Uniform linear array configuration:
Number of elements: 4
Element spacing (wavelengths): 0.5
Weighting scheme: kaiser
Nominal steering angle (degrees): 0
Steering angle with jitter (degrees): -1.289
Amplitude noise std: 0.05
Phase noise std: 0.05

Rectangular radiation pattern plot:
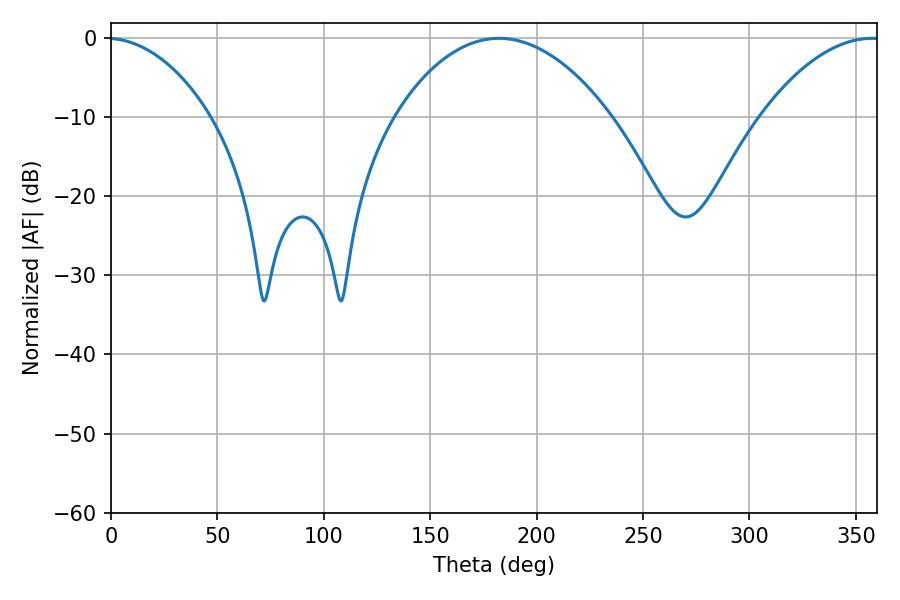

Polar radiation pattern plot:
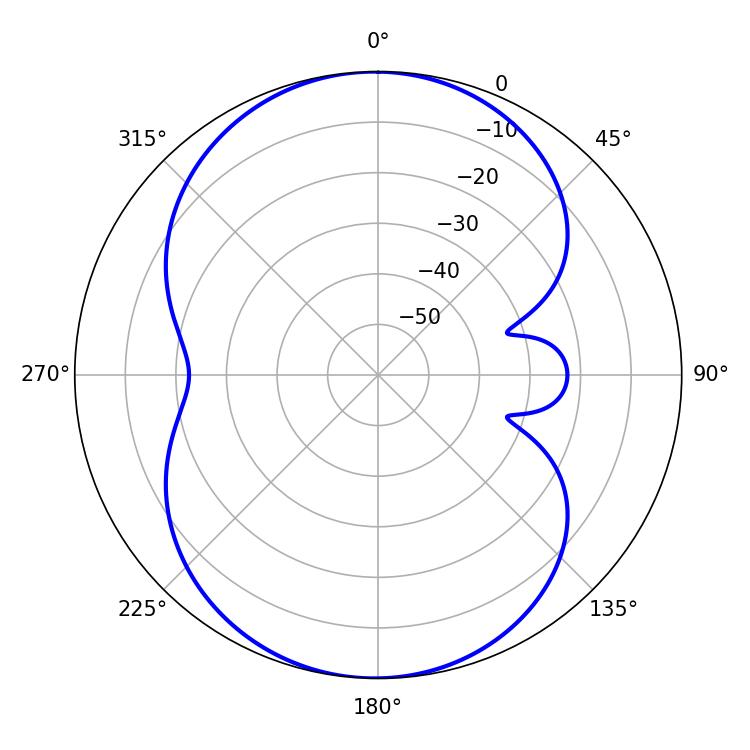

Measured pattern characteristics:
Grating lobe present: FALSE
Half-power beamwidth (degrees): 56.52
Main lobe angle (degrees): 182.34